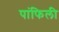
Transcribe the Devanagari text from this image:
पांफिली